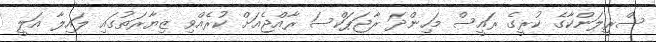
ސްރީލަންކާގެ ކުރީގެ ރައީސް މަހިންދަ ރާޖަޕަކްސަ ރާއްޖެއަށް ކުރެއްވި ޒިޔާރަތުގައި ލައިލާ އަލީ